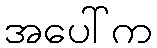
အပေါ်က